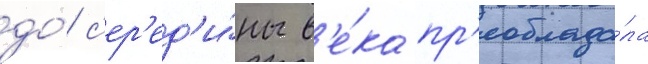
до́ с'ер'ед'и́ны в'е́ка пр'еоблада́ла